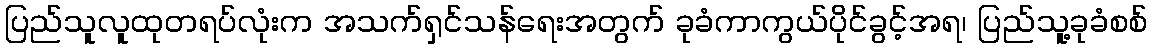
ပြည်သူလူထုတရပ်လုံးက အသက်ရှင်သန်ရေးအတွက် ခုခံကာကွယ်ပိုင်ခွင့်အရ၊ ပြည်သူ့ခုခံစစ်